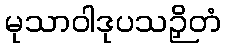
မုသာဝါဒုပသဉှိတံ